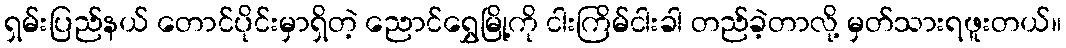
ရှမ်းပြည်နယ် တောင်ပိုင်းမှာရှိတဲ့ ညောင်ရွှေမြို့ကို ငါးကြိမ်ငါးခါ တည်ခဲ့တာလို့ မှတ်သားရဖူးတယ်။